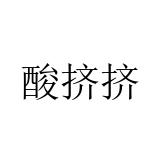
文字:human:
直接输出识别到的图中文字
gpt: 酸挤挤